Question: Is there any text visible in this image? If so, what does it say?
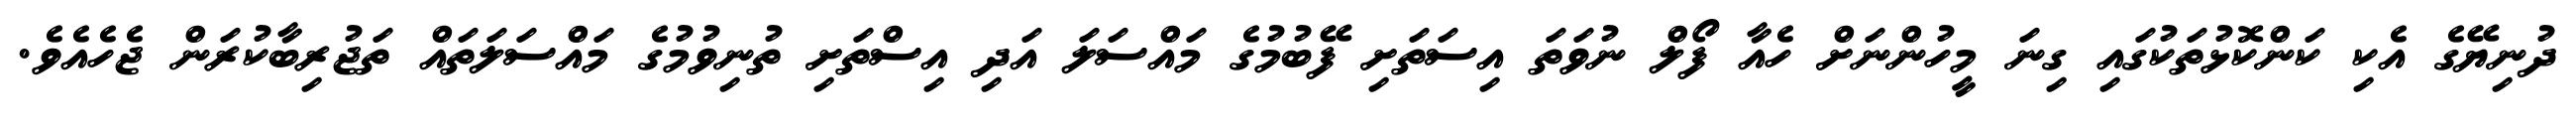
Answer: ދުނިޔޭގެ އެކި ކަންކޮޅުތަކުގައި ގިނަ މީހުންނަށް ހެއާ ފޯލް ނުވަތަ އިސަތަށި ފޭބުމުގެ މައްސަލަ އަދި އިސްތަށި ތުނިވުމުގެ މައްސަލަތައް ތަޖުރިބާކުރަން ޖެހެއެވެ.